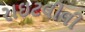
રાઇટલીલી